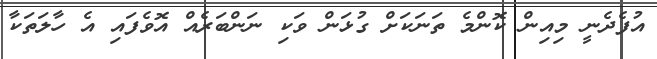
އުފެދެނީ މިއިން ކޮންމެ ތަނަކަށް ގުޅަން ވަކި ނަންބަރެއް އޮވެފައި އެ ހާލަތަކާ